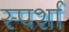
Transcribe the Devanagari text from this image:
स्पर्शा